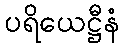
ပရိယေဋ္ဌီနံ